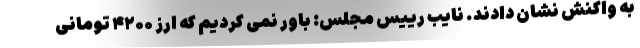
به واکنش نشان دادند. نایب رییس مجلس: باور نمی کردیم که ارز ۴۲۰۰ تومانی